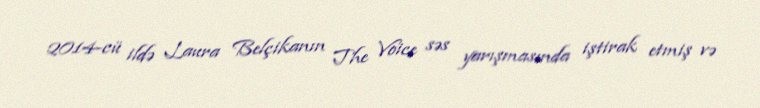
2014-cü ildə Laura Belçikanın The Voice səs yarışmasında iştirak etmiş və